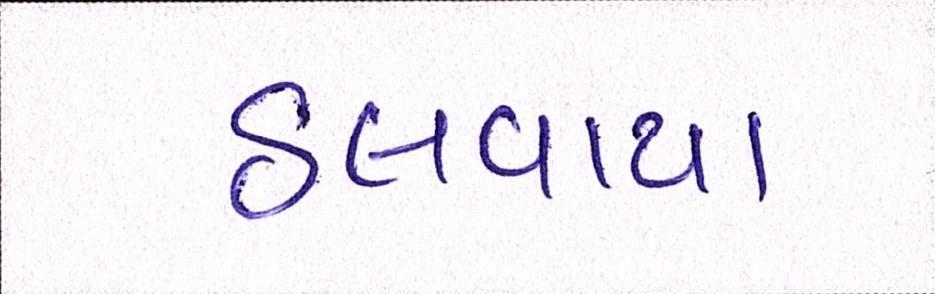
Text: ઠલવાયા